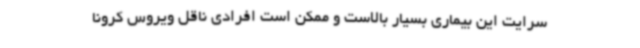
سرایت این بیماری بسیار بالاست و ممکن است افرادی ناقل ویروس کرونا